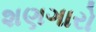
શણગારો